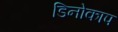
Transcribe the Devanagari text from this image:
डिनोकाप